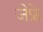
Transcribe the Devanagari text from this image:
जेफ्रे